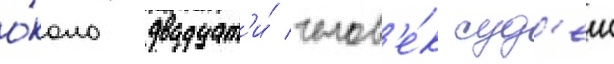
о́коло двадцат'и́ челов'е́к суд'еи